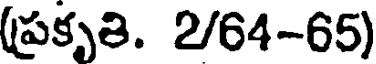
(ప్రకృతి. 2/64-65)